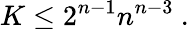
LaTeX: K\leq 2^{n-1}n^{n-3}\ .